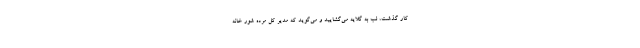
کار گذشت، لب به گلایه می‌گشایید و می‌گوید که مدیر کل مرده شور خانه